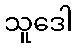
သူဒေါ